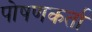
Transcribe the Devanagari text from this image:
पोषणकर्ता